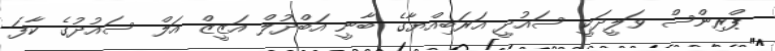
ޕްރިންސް ވަލީދަކީ ސައުދީ އަރަބިއްޔާގެ ބާނީ އަބްދުލް އަޒީޒް އަލް ސައުދުގެ ކާފަ